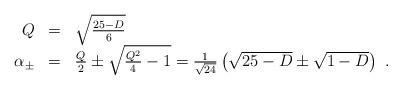
LaTeX: \begin{align*}\begin{array}{rcl} Q &=& \sqrt{\frac{25-D}{6}}\\ \alpha_{\pm} &=& \frac{Q}{2} \pm \sqrt{\frac{Q^2}{4} - 1} = \frac{1}{\sqrt{24}} \left(\sqrt{25-D} \pm \sqrt{1-D} \right) \ . \end{array}\end{align*}